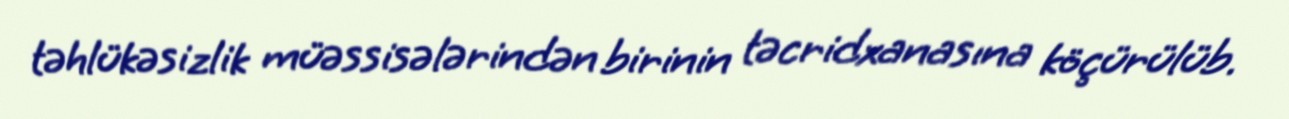
təhlükəsizlik müəssisələrindən birinin təcridxanasına köçürülüb.